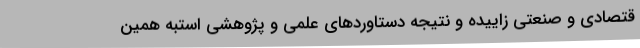
قتصادی و صنعتی زاییده و نتیجه دستاوردهای علمی و پژوهشی استبه همین